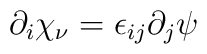
\partial_i \chi_{\nu} = \epsilon_{ij} \partial_j \psi